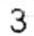
3